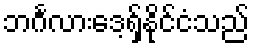
ဘင်္ဂလားဒေ့ရှ်နိုင်ငံသည်